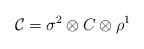
LaTeX: \begin{align*}{\cal C}=\sigma^2\otimes C\otimes \rho^1\end{align*}